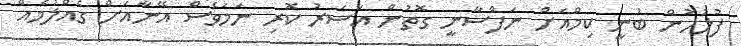
ފުލުހުން ބުނީ ކިމްއަށް ނަފްސާނީ ގޮތުން އަސަރު ކޮރި ނަމަވެސް އޭނާއަށް ގެއްލުމެއް